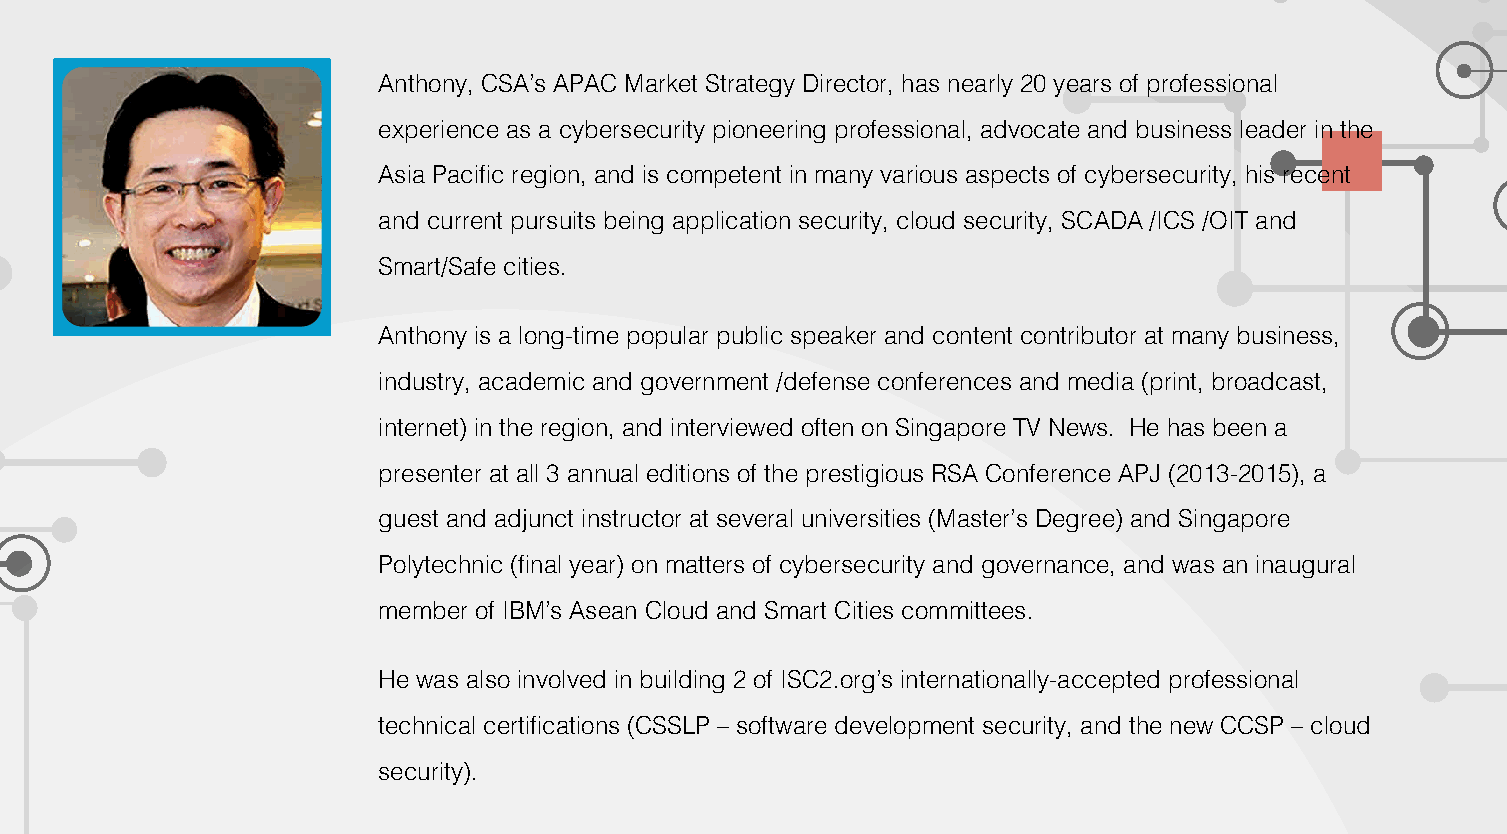
Anthony, CSA’s APAC Market Strategy Director, has nearly 20 years of professional
 experience as a cybersecurity pioneering professional, advocate and business leader in the
 Asia Pacific region, and is competent in many various aspects of cybersecurity, his recent
 and current pursuits being application security, cloud security, SCADA /ICS /OIT and
 Smart/Safe cities.
 Anthony is a long-time popular public speaker and content contributor at many business,
 industry, academic and government /defense conferences and media (print, broadcast,
 internet) in the region, and interviewed often on Singapore TV News. He has been a
 presenter at all 3 annual editions of the prestigious RSA Conference APJ (2013-2015), a
 guest and adjunct instructor at several universities (Master’s Degree) and Singapore
 Polytechnic (final year) on matters of cybersecurity and governance, and was an inaugural
 member of IBM’s Asean Cloud and Smart Cities committees.
 He was also involved in building 2 of ISC2.org’s internationally-accepted professional
 technical certifications (CSSLP – software development security, and the new CCSP – cloud
 security).